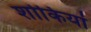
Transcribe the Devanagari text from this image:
शोकियां